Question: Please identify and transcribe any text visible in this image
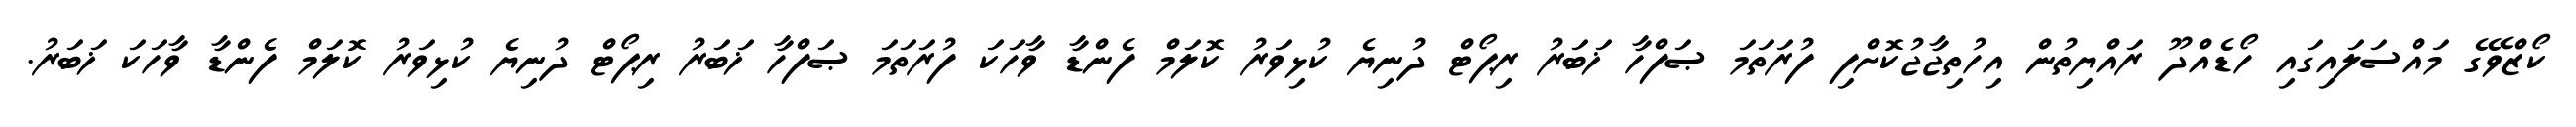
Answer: ކޯޒްވޭގެ މައްސަލައިގައި ހޯޑެއްދޫ ރައްޔިތުން އިހުތިޖާޖުކޮށްފި ފުރަތަމަ ޞަފްހާ ޚަބަރު ރިޕޯޓް ދުނިޔެ ކުޅިވަރު ކޮލަމް ފެންޑާ ވާހަކަ ފުރަތަމަ ޞަފްހާ ޚަބަރު ރިޕޯޓް ދުނިޔެ ކުޅިވަރު ކޮލަމް ފެންޑާ ވާހަކަ ޚަބަރު.